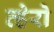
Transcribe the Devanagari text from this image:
व्हेरो